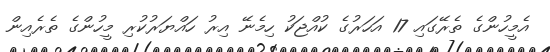
އެމީހުންގެ ތެރޭގައި 17 އަހަރުގެ ކުއްޖަކު ހިމެނޭ އިރު ހައްޔަރުކުރި މީހުންގެ ތެރެއިން